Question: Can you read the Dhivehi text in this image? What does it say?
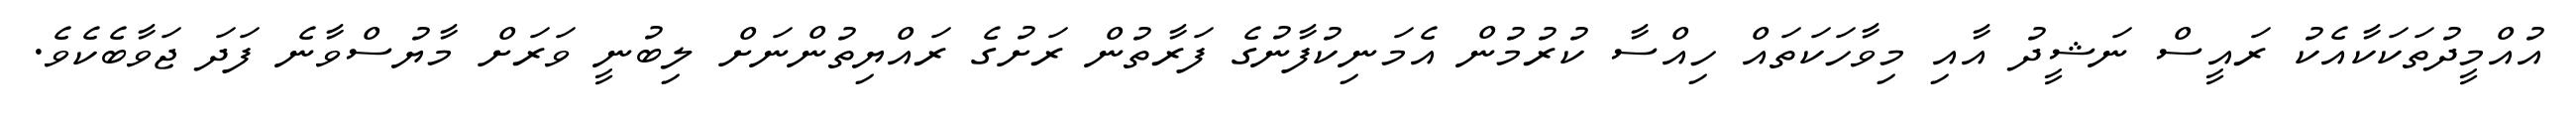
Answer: އުއްމީދުތަކަކާއެކު ރައީސް ނަޝީދު އާއި މިވާހަކަތައް ހިއްސާ ކުރުމުން އެމަނިކުފާނުގެ ފަރާތުން ރަށުގެ ރައްޔިތުންނަށް ލިބުނީ ވަރަށް މާޔުސްވާނެ ފަދަ ޖަވާބެކެވެ.